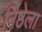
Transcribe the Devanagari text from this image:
निष्ठेला